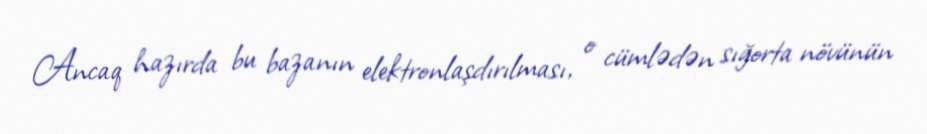
Ancaq hazırda bu bazanın elektronlaşdırılması, o cümlədən sığorta növünün